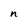
Character: n